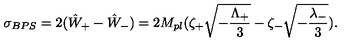
\sigma _ { B P S } = 2 ( { \hat { W } } _ { + } - { \hat { W } } _ { - } ) = 2 M _ { p l } ( \zeta _ { + } \sqrt { - { \frac { \Lambda _ { + } } { 3 } } } - \zeta _ { - } \sqrt { - { \frac { \lambda _ { - } } { 3 } } } ) .